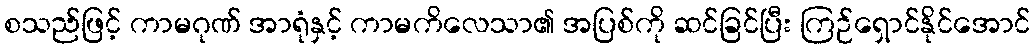
စသည်ဖြင့် ကာမဂုဏ် အာရုံနှင့် ကာမကိလေသာ၏ အပြစ်ကို ဆင်ခြင်ပြီး ကြဉ်ရှောင်နိုင်အောင်